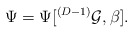
\begin{align*}\Psi = \Psi[^{(D-1)} {\cal G}, \beta].\end{align*}